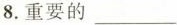
8.重要的___